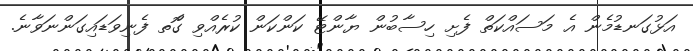
އަޅުގަނޑުމެން އެ މަސައްކަތް ފެށި ހިސާބުން ޔާންޓޭ ކަންކަން ކުރެއްވި ގޮްތ ފެނިވަޑައިގަންނަވާނެ.